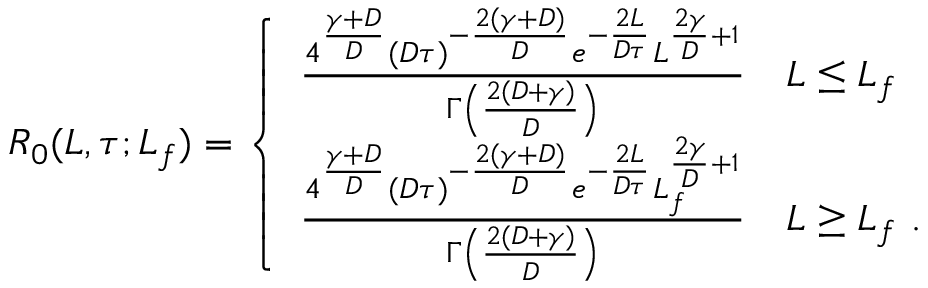
\begin{array} { r } { R _ { 0 } ( L , \tau ; L _ { f } ) = \left\{ \begin{array} { l l } { \frac { 4 ^ { \frac { \gamma + D } { D } } ( D \tau ) ^ { - \frac { 2 ( \gamma + D ) } { D } } e ^ { - \frac { 2 L } { D \tau } } L ^ { \frac { 2 \gamma } { D } + 1 } } { \Gamma \left( \frac { 2 ( D + \gamma ) } { D } \right) } } & { L \le L _ { f } } \\ { \frac { 4 ^ { \frac { \gamma + D } { D } } ( D \tau ) ^ { - \frac { 2 ( \gamma + D ) } { D } } e ^ { - \frac { 2 L } { D \tau } } L _ { f } ^ { \frac { 2 \gamma } { D } + 1 } } { \Gamma \left( \frac { 2 ( D + \gamma ) } { D } \right) } } & { L \ge L _ { f } \ . } \end{array} \right. } \end{array}